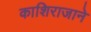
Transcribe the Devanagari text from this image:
काशिराजाने